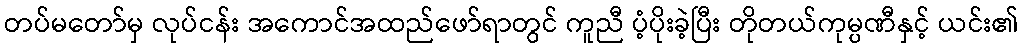
တပ်မတော်မှ လုပ်ငန်း အကောင်အထည်ဖော်ရာတွင် ကူညီ ပံ့ပိုးခဲ့ပြီး တိုတယ်ကုမ္ပဏီနှင့် ယင်း၏